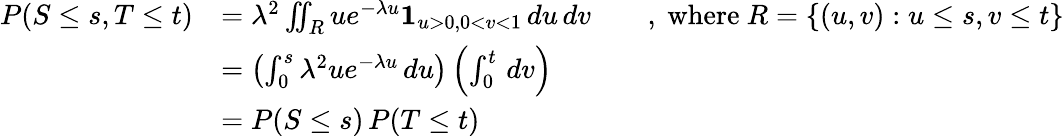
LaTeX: \begin{array}{rl}{P(S\le s,T\le t)}&{=\lambda^{2}\iint_{R}ue^{-\lambda u}\mathbf 1_{u>0,0<v<1}\, du\, dv\qquad,\mathrm{~where~}R=\{ (u,v):u\le s,v\le t\} }\\ &{=\left(\int_{0}^{s}\lambda^{2}ue^{-\lambda u}\, du\right)\left(\int_{0}^{t}\, dv\right)}\\ &{=P(S\le s)\, P(T\le t)}\end{array}